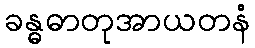
ခန္ဓဓာတုအာယတနံ